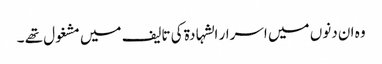
وہ ان دنوں میں اسرار الشہادۃ کی تالیف میں مشغول تھے ۔